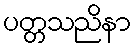
ပတ္တသညိနာ